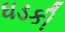
ધડકી